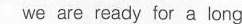
we are ready for a long